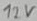
Text: 12V